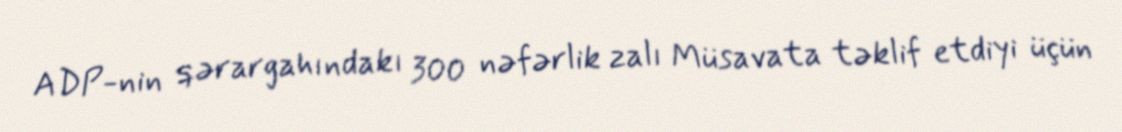
ADP-nin qərargahındakı 300 nəfərlik zalı Müsavata təklif etdiyi üçün